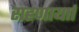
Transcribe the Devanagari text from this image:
राहणार्याा